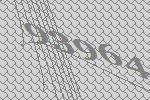
93964